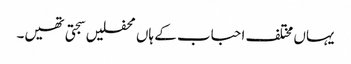
یہاں مختلف احباب کے ہاں محفلیں سجتی تھیں۔